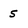
Character: 5